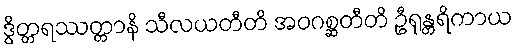
ဒွိတ္တရဿတ္တာနိ သီလယတီတိ အဝဂစ္ဆတီတိ ဦရုန္တရိကာယ